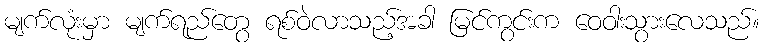
မျက်လုံးမှာ မျက်ရည်တွေ ရစ်ဝဲလာသည့်အခါ မြင်ကွင်းက ဝေဝါးသွားလေသည်။